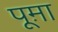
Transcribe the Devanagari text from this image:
पूम़ा